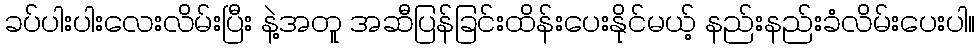
ခပ်ပါးပါးလေးလိမ်းပြီး နဲ့အတူ အဆီပြန်ခြင်းထိန်းပေးနိုင်မယ့် နည်းနည်းခံလိမ်းပေးပါ။